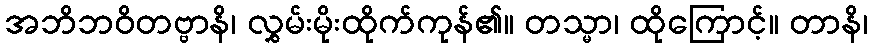
အဘိဘဝိတဗ္ဗာနိ၊ လွှမ်းမိုးထိုက်ကုန်၏။ တသ္မာ၊ ထိုကြောင့်။ တာနိ၊